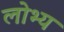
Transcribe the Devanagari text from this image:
लोभ्य